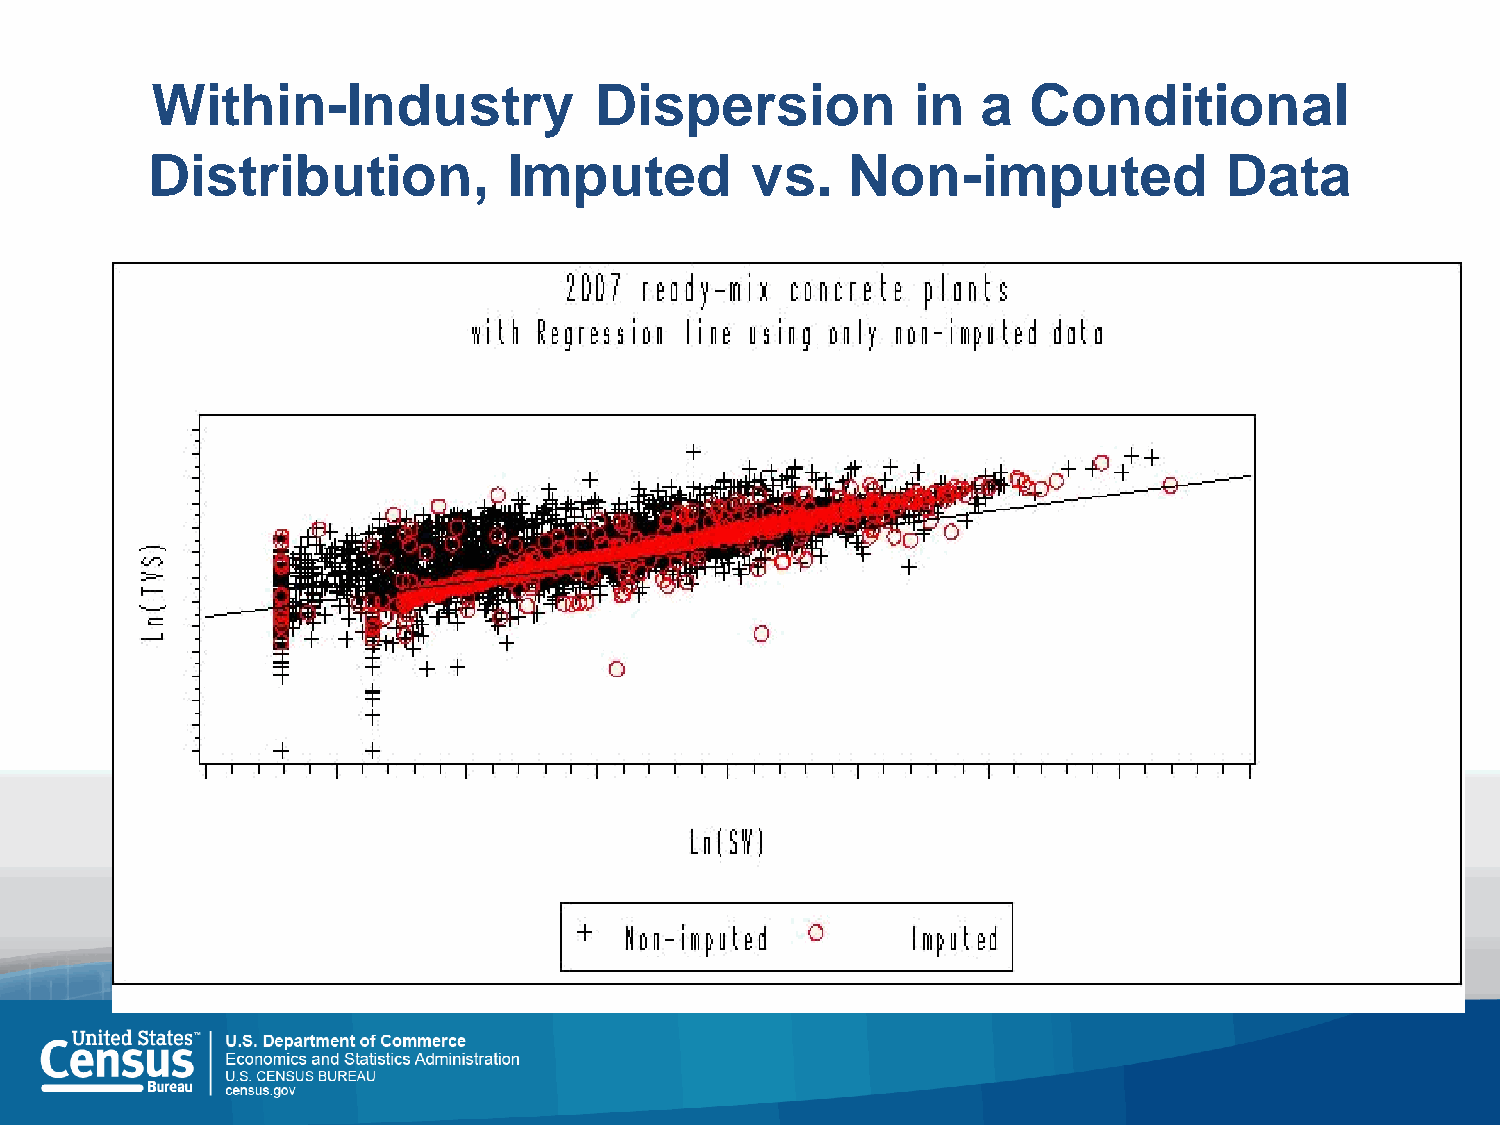
Within-Industry              Dispersion           in   a  Conditional
 Distribution,           Imputed         vs.   Non-imputed              Data